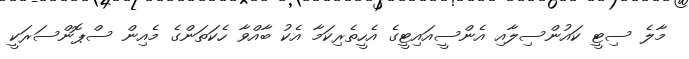
މާލެ ސިޓީ ކައުންސިލާއި އެންސީއައިޓީގެ އެހީތެރިކަމާ އެކު ބާއްވާ ހެކަތަންގެ މެއިން ސްޕޮންސަރަކީ